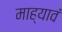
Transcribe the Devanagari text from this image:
माह्यावं